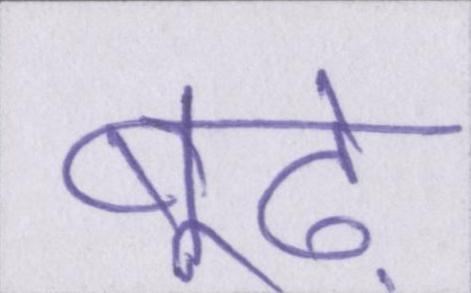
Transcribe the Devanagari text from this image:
बूढ़े